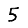
Digit: 5